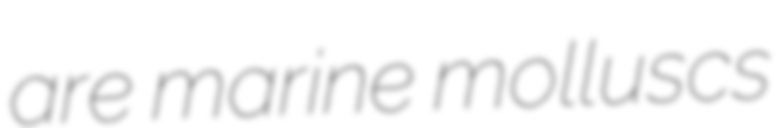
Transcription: are marine molluscs